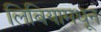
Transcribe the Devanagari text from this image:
लिबियामधून